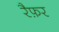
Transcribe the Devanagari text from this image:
रैफ़र